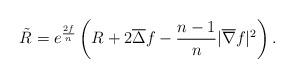
LaTeX: \begin{align*} \tilde{R}=e^{\frac{2f}n}\left(R+2\overline{\Delta}f-\frac{n-1}n|\overline{\nabla}f|^2\right).\end{align*}